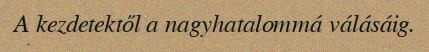
A kezdetektől a nagyhatalommá válásáig.